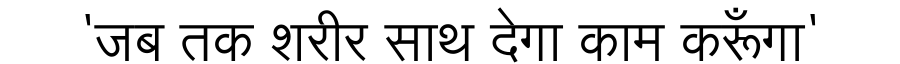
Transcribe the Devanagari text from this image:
'जब तक शरीर साथ देगा काम करूँगा'